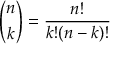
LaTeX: { \binom { n } { k } } = { \frac { n ! } { k ! ( n - k ) ! } }